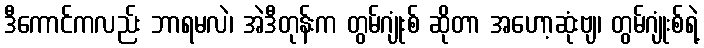
ဒီကောင်ကလည်း ဘာရမလဲ၊ အဲဒီတုန်းက တွမ်ဂျုံးစ် ဆိုတာ အဟော့ဆုံးဗျ၊ တွမ်ဂျုံးစ်ရဲ့